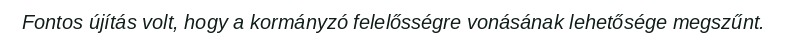
Fontos újítás volt, hogy a kormányzó felelősségre vonásának lehetősége megszűnt.